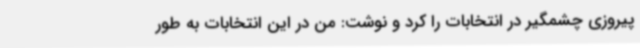
پیروزی چشمگیر در انتخابات را کرد و نوشت: من در این انتخابات به طور